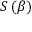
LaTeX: S \left( { \boldsymbol { \beta } } \right)